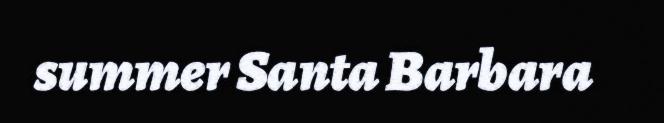
summer Santa Barbara